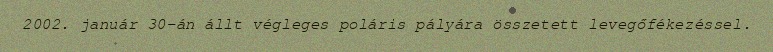
2002. január 30-án állt végleges poláris pályára összetett levegőfékezéssel.